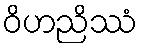
ဝိဟညိဿံ